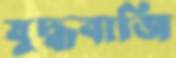
যুদ্ধবাজি